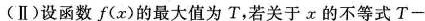
(Ⅱ)设函数f(x)的最大值为T，若关于x的不等式$$T -